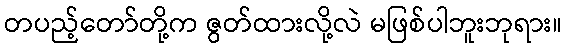
တပည့်တော်တို့က ဇွတ်ထားလို့လဲ မဖြစ်ပါဘူးဘုရား။